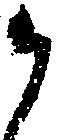
う